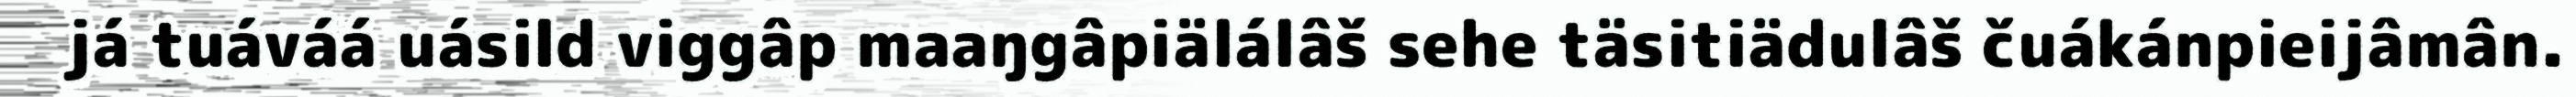
já tuáváá uásild viggâp maaŋgâpiälálâš sehe täsitiädulâš čuákánpieijâmân.